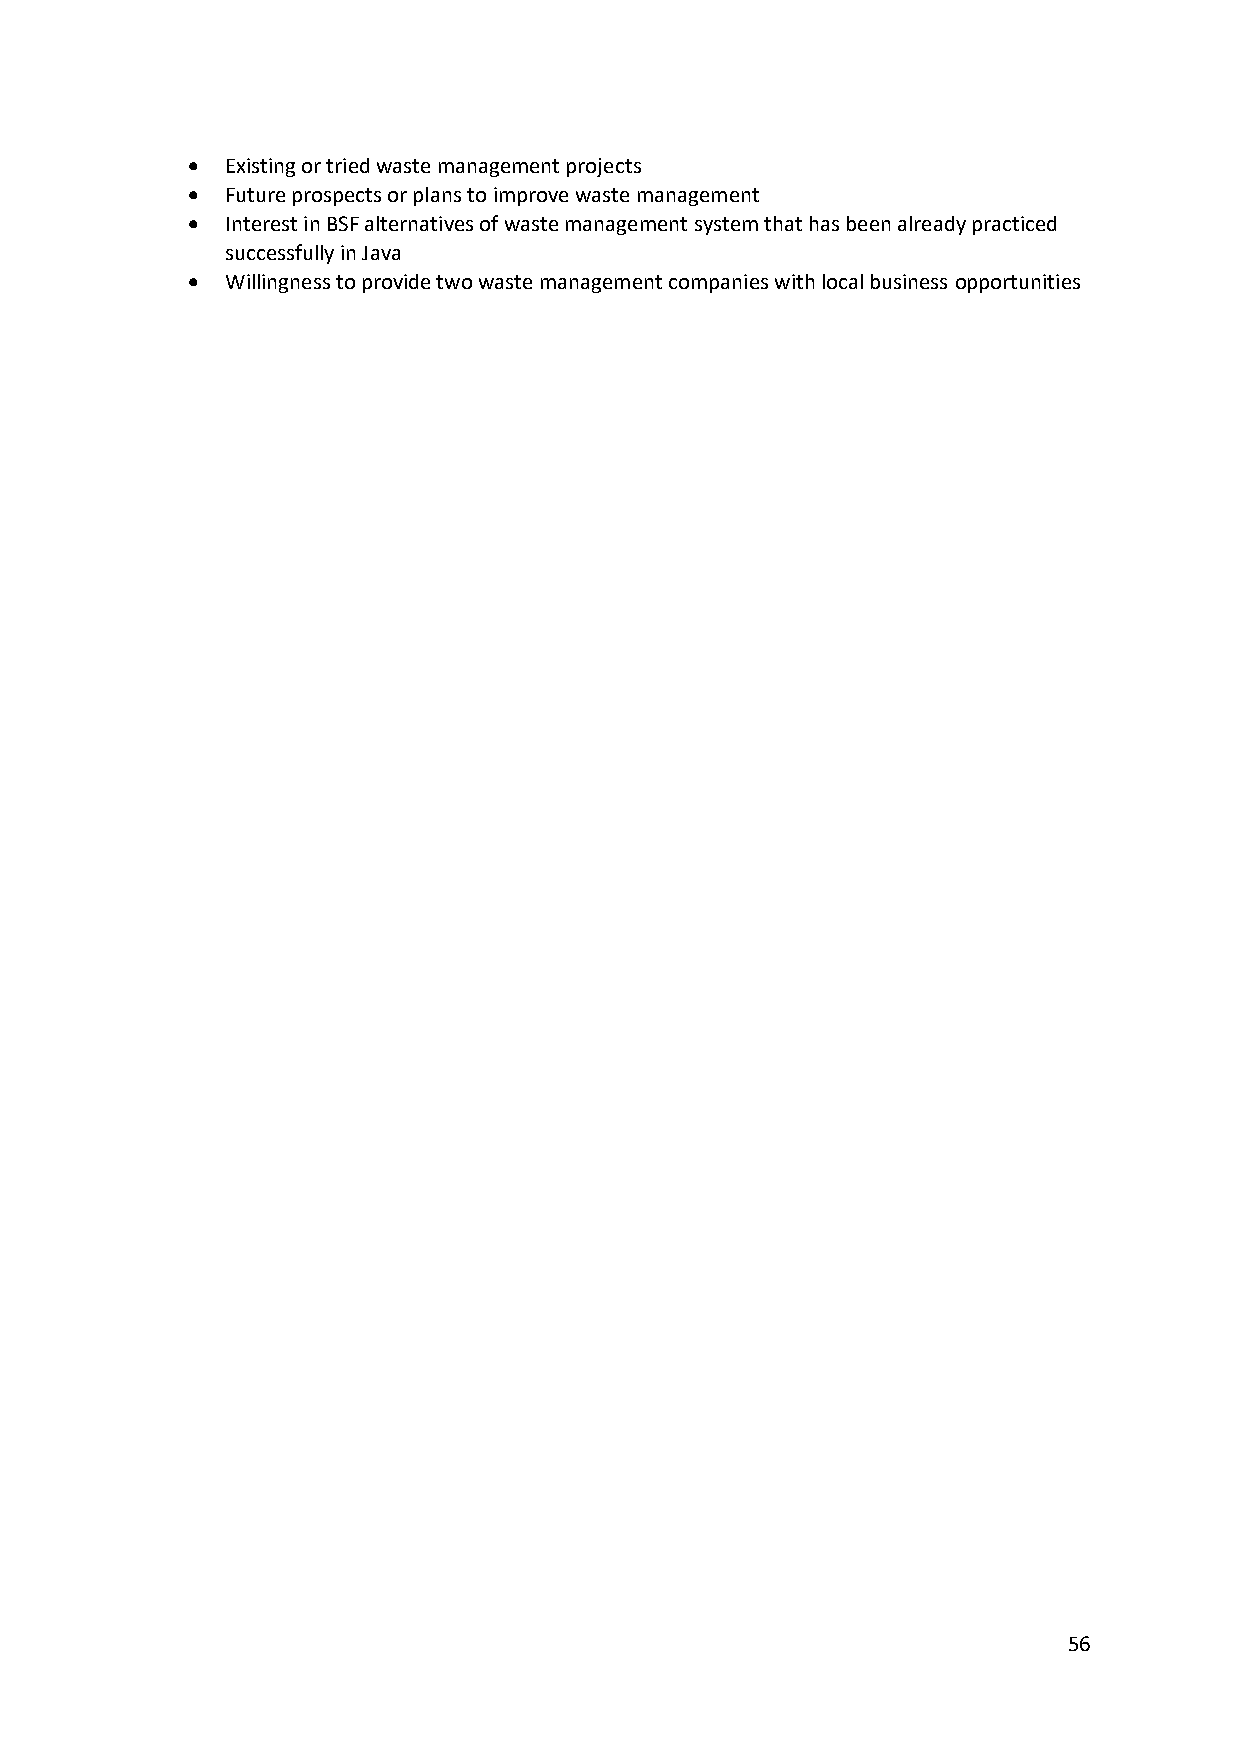
•  Existing or tried waste management projects
 •  Future prospects or plans to improve waste management
 •  Interest in BSF alternatives of waste management system that has been already practiced
 successfully in Java
 •  Willingness to provide two waste management companies with local business opportunities
 56